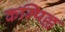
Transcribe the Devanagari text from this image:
कम्पिल्ल